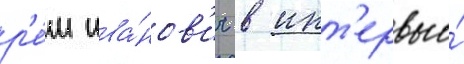
р'е́м ива́нов'ич в инт'ервью́